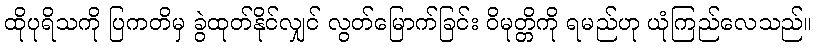
ထိုပုရိသကို ပြကတိမှ ခွဲထုတ်နိုင်လျှင် လွတ်မြောက်ခြင်း ဝိမုတ္တိကို ရမည်ဟု ယုံကြည်လေသည်။